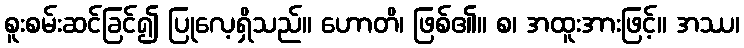
စူးစမ်းဆင်ခြင်၍ ပြုလေ့ရှိသည်။ ဟောတိ၊ ဖြစ်၏။ စ၊ အထူးအားဖြင့်။ အဿ၊